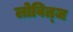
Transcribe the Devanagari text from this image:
लोवित्ज